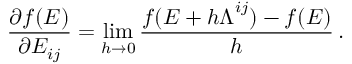
\frac { \partial f ( \boldsymbol { E } ) } { \partial E _ { i j } } = \operatorname* { l i m } _ { h \to 0 } \frac { f ( \boldsymbol { E } + h \boldsymbol { \Lambda } ^ { i j } ) - f ( \boldsymbol { E } ) } { h } \, .